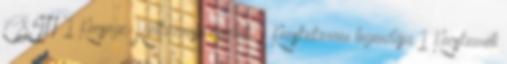
CSITT 1 Kecsege:Hétköznapi csodák 1 Kecskeköröm legendája 1 Kecskeméti